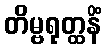
တိမ္ဗရုတ္ထနိံ